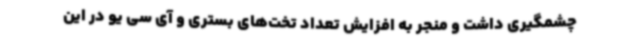
چشمگیری داشت و منجر به افزایش تعداد تخت‌های بستری و آی سی یو در این